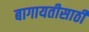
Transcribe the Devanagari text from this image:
बागायतीसाठी